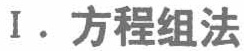
I. 方程组法